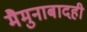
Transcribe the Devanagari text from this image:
मैमुनाबादही